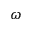
\omega